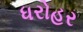
ધરોહર